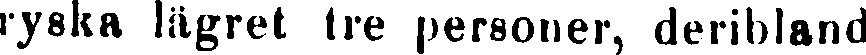
ryska lägret tre personer, deribland